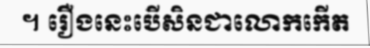
។ រឿងនេះបើសិនជាលោកកើត